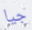
جيا